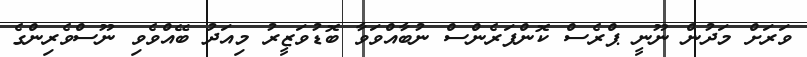
ވަރަށް މަދުން ނޫނީ ޕްރެސް ކޮންފަރެންސް ނުބާއްވަވާ ބޮޑުވަޒީރު މިއަދު ބޭއްވެވި ނޫސްވެރިންގެ